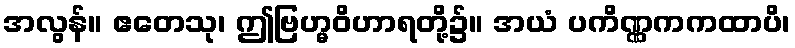
အလွန်။ ဧတေသု၊ ဤဗြဟ္မဝိဟာရတို့၌။ အယံ ပကိဏ္ဏကကထာပိ၊